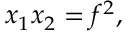
x _ { 1 } x _ { 2 } = f ^ { 2 } ,